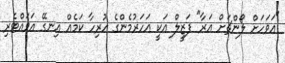
"އަވަހަށް ލޯންޗަށް އަރާ" ފަޒީލް އަކީ އަހަރުމެންގެ ހުރިހާ ކަމެއް އިނގޭ އަވައްޓެރި